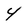
Character: 4